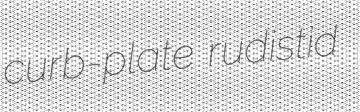
curb-plate rudistid